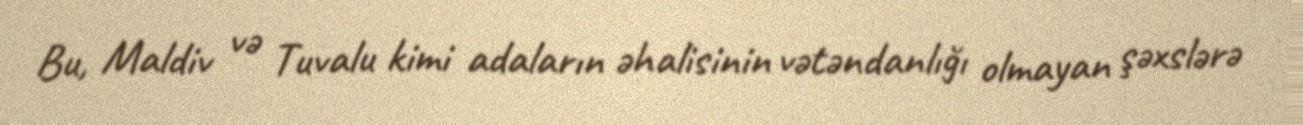
Bu, Maldiv və Tuvalu kimi adaların əhalisinin vətəndanlığı olmayan şəxslərə